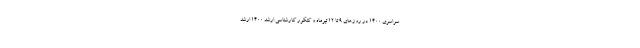
سراسری ۱۴۰۰ در روزهای ۹ تا ۱۲ تیرماه و کنکور کارشناسی ارشد ۱۴۰۰ ارشد